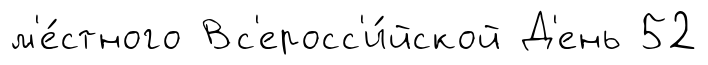
м'е́стного Вс'еросс'и́йской Д'ень 52